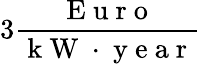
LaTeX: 3\frac{\mathrm{~E~u~r~o~}}{\mathrm{~k~W~}\cdot\mathrm{~y~e~a~r~}}